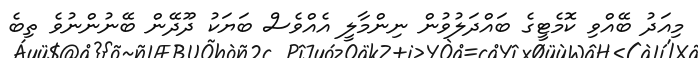
މިއަދު ބޭއްވި ކޮމެޓީގެ ބައްދަލުވުން ނިންމާލީ އެއްވެސް ބަޔަކު ދޫދޭން ބޭނުންނުވެ ތިބެ